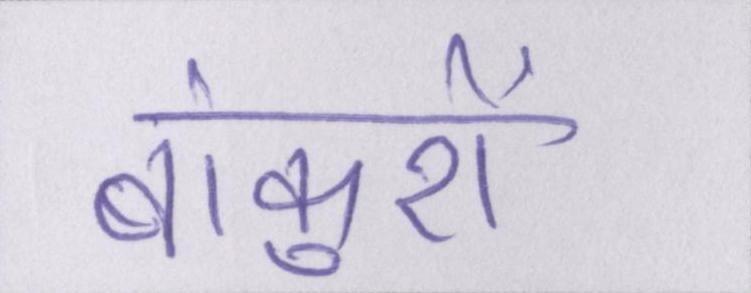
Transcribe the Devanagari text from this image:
बांकुरों